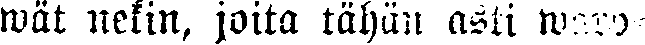
wät nekin, joita tähän asti waro-